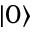
\vert 0 \rangle